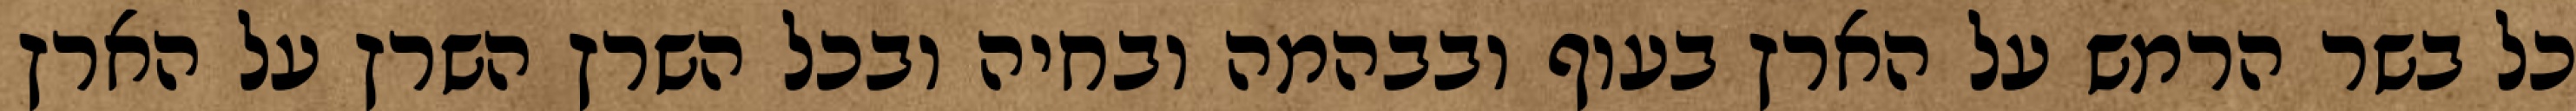
כל בשר הרמש על הארץ בעוף ובבהמה ובחיה ובכל השרץ השרץ על הארץ